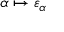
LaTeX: \alpha \mapsto \varepsilon _ { \alpha }